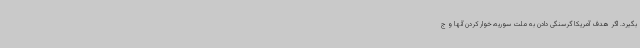
بگیرد. اگر هدف آمریکا گرسنگی دادن به ملت سوریه،خوار کردن آنها و ج